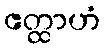
ဧတ္ထာဟံ